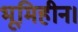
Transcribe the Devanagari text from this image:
भूमिहीन।